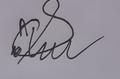
Signature authenticity: forged